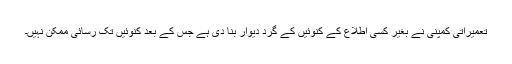
تعمیراتی کمپنی نے بغیر کسی اطلاع کے کنوئیں کے گرد دیوار بنا دی ہے جس کے بعد کنوئیں تک رسائی ممکن نہیں۔